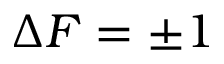
\Delta F = \pm 1